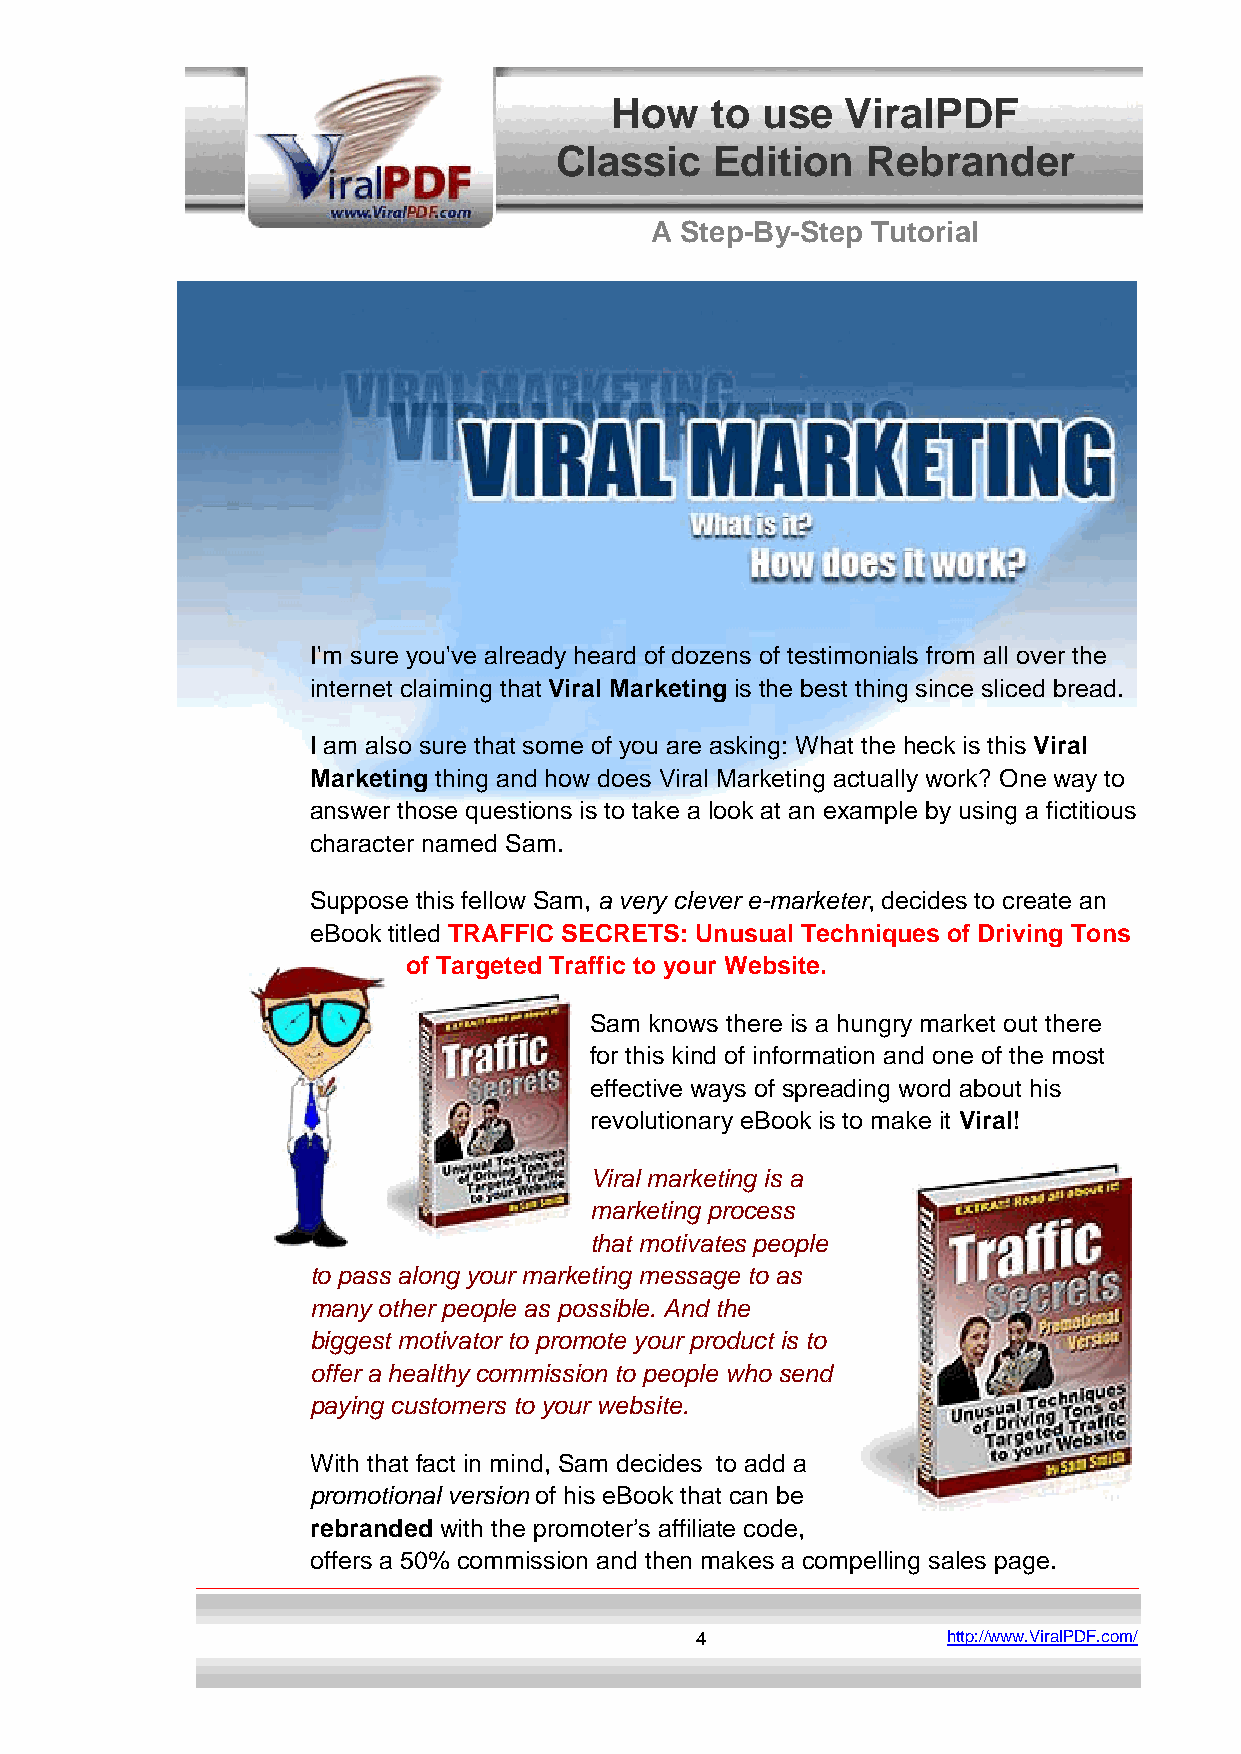
How    to use   ViralPDF
 Classic   Edition   Rebrander
 A Step-By-Step Tutorial
 I'm sure you've already heard of dozens of testimonials from all over the
 internet claiming that Viral Marketing is the best thing since sliced bread.
 I am also sure that some of you are asking: What the heck is this Viral
 Marketing thing and how does Viral Marketing actually work? One way to
 answer those questions is to take a look at an example by using a fictitious
 character named Sam.
 Suppose this fellow Sam, a very clever e-marketer, decides to create an
 eBook titled TRAFFIC SECRETS: Unusual Techniques of Driving Tons
 of Targeted Traffic to your Website.
 Sam knows there is a hungry market out there
 for this kind of information and one of the most
 effective ways of spreading word about his
 revolutionary eBook is to make it Viral!
 Viral marketing is a
 marketing process
 that motivates people
 to pass along your marketing message to as
 many other people as possible. And the
 biggest motivator to promote your product is to
 offer a healthy commission to people who send
 paying customers to your website.
 With that fact in mind, Sam decides to add a
 promotional version of his eBook that can be
 rebranded with the promoter’s affiliate code,
 offers a 50% commission and then makes a compelling sales page.
 4                http://www.ViralPDF.com/